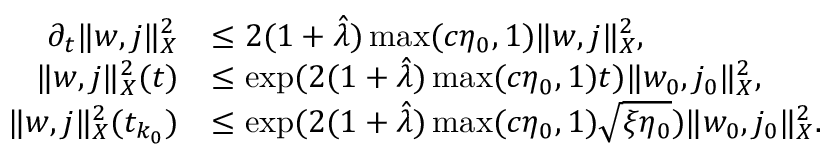
\begin{array} { r l } { \partial _ { t } \Vert w , j \Vert _ { X } ^ { 2 } } & { \le 2 ( 1 + \hat { \lambda } ) \operatorname* { m a x } ( c \eta _ { 0 } , 1 ) \Vert w , j \Vert _ { X } ^ { 2 } , } \\ { \Vert w , j \Vert _ { X } ^ { 2 } ( t ) } & { \le \exp ( 2 ( 1 + \hat { \lambda } ) \operatorname* { m a x } ( c \eta _ { 0 } , 1 ) t ) \Vert w _ { 0 } , j _ { 0 } \Vert _ { X } ^ { 2 } , } \\ { \Vert w , j \Vert _ { X } ^ { 2 } ( t _ { k _ { 0 } } ) } & { \le \exp ( 2 ( 1 + \hat { \lambda } ) \operatorname* { m a x } ( c \eta _ { 0 } , 1 ) \sqrt { \xi \eta _ { 0 } } ) \Vert w _ { 0 } , j _ { 0 } \Vert _ { X } ^ { 2 } . } \end{array}